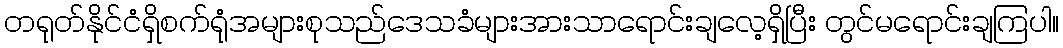
တရုတ်နိုင်ငံရှိစက်ရုံအများစုသည်ဒေသခံများအားသာရောင်းချလေ့ရှိပြီး တွင်မရောင်းချကြပါ။